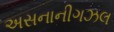
અસનાનીગઝલ